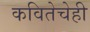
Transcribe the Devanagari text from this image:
कवितेचेही